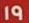
19